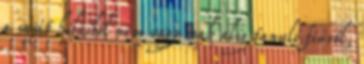
a saját hibáiból nem vagy csak alig tanuló fiúról,